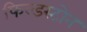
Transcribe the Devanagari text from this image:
फिल्डस्टोन